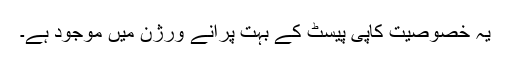
یہ خصوصیت کاپی پیسٹ کے بہت پرانے ورژن میں موجود ہے۔